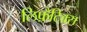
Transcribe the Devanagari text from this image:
लिफ़ैटिक्स